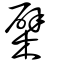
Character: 檗